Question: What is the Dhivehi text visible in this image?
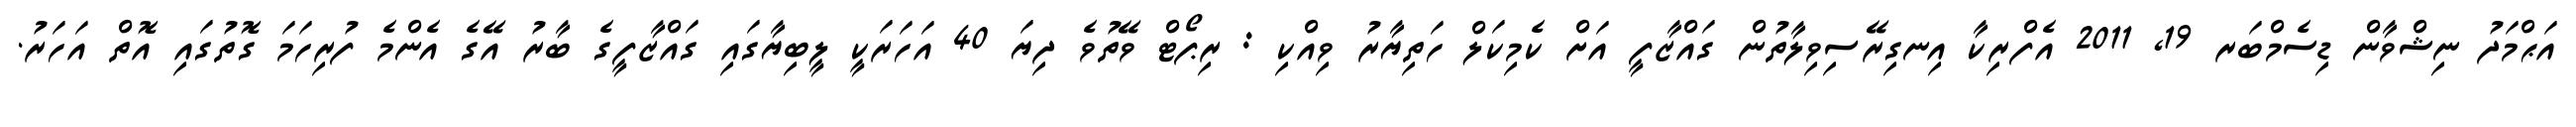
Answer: އަޙްމަދު ނިޝްވާން ޑިސެމްބަރ 19, 2011 އެފްރިކާ އިނގިރޭސިވިލާތުން ގައްޒާފީ އަށް ކެމިކަލް ހަތިޔާރު ވިއްކި : ރިޕޯޓް ވޭތުވެ ދިޔަ 40 އަހަރަކީ ލީބިޔާގައި ގައްޒާފީގެ ބާރު އޭގެ އެންމެ ފުރިހަމަ ގޮތުގައި އޮތް އަހަރު.